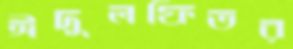
ঈদুলফিতর